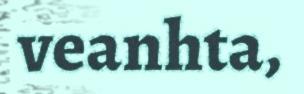
veanhta,